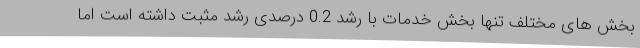
بخش های مختلف تنها بخش خدمات با رشد 0.2 درصدی رشد مثبت داشته است اما